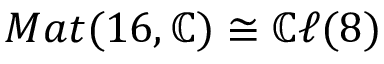
M a t ( 1 6 , \mathbb { C } ) \cong \mathbb { C } \ell ( 8 )